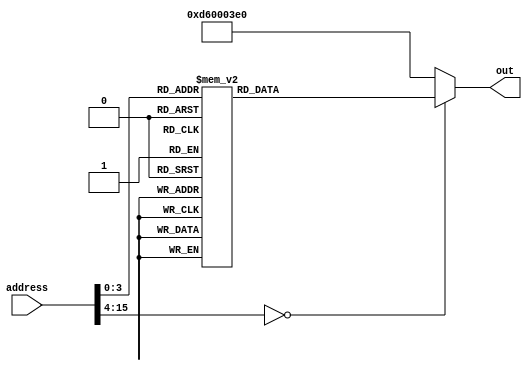
module ROM_Cycle_Screen(out, address);
  input[15:0] address;
  output reg[31:0] out;
  always @(address) begin
    case(address)
		// These are the addresses to load data into and read the status
      16'd0: out = 32'b11010010100000000000000001010100; // MOVZ X20, 2
      16'd1: out = 32'b11010011011000001110001010010100; // LSL X20, X20, 56
      16'd2: out = 32'b10010001000000000000101010010101; // ADDI X21, X20, 2
		// Initialize the counter
      16'd3: out = 32'b11010010100000000000000000000000; // MOVZ X0, 0
		// Wait for vsync to go high
      16'd4: out = 32'b11111000010000000000001010101010; // LDUR X10, [X21, 0]
      16'd5: out = 32'b10010010000000000000100101001010; // ANDI X10, X10, 2
      16'd6: out = 32'b10110100111111111111111110101010; // CBZ X10, -3
		// Wait for dispEnable to go high
      16'd7: out = 32'b11111000010000000000001010101010; // LDUR X10, [X21, 0]
      16'd8: out = 32'b10010010000000000000010101001010; // ANDI X10, X10, 1
      16'd9: out = 32'b10110100111111111111111110101010; // CBZ X10, -3
		// Load into the background text color
      16'd10: out = 32'b11010011011000000000110000000001; // LSL X1, X0, 3
      16'd11: out = 32'b11111000000000000000001010000001; // STUR X1, [X20, 0]
		// Increment the counter
      16'd12: out = 32'b10010001000000000000010000000000; // ADDI X0, X0, 1
      16'd13: out = 32'b00010111111111111111111111110110; // B -10
      default: out = 32'b11010110000000000000001111100000; // BR XZR
    endcase
  end
endmodule